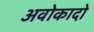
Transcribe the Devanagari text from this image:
अवोकादो